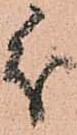
分